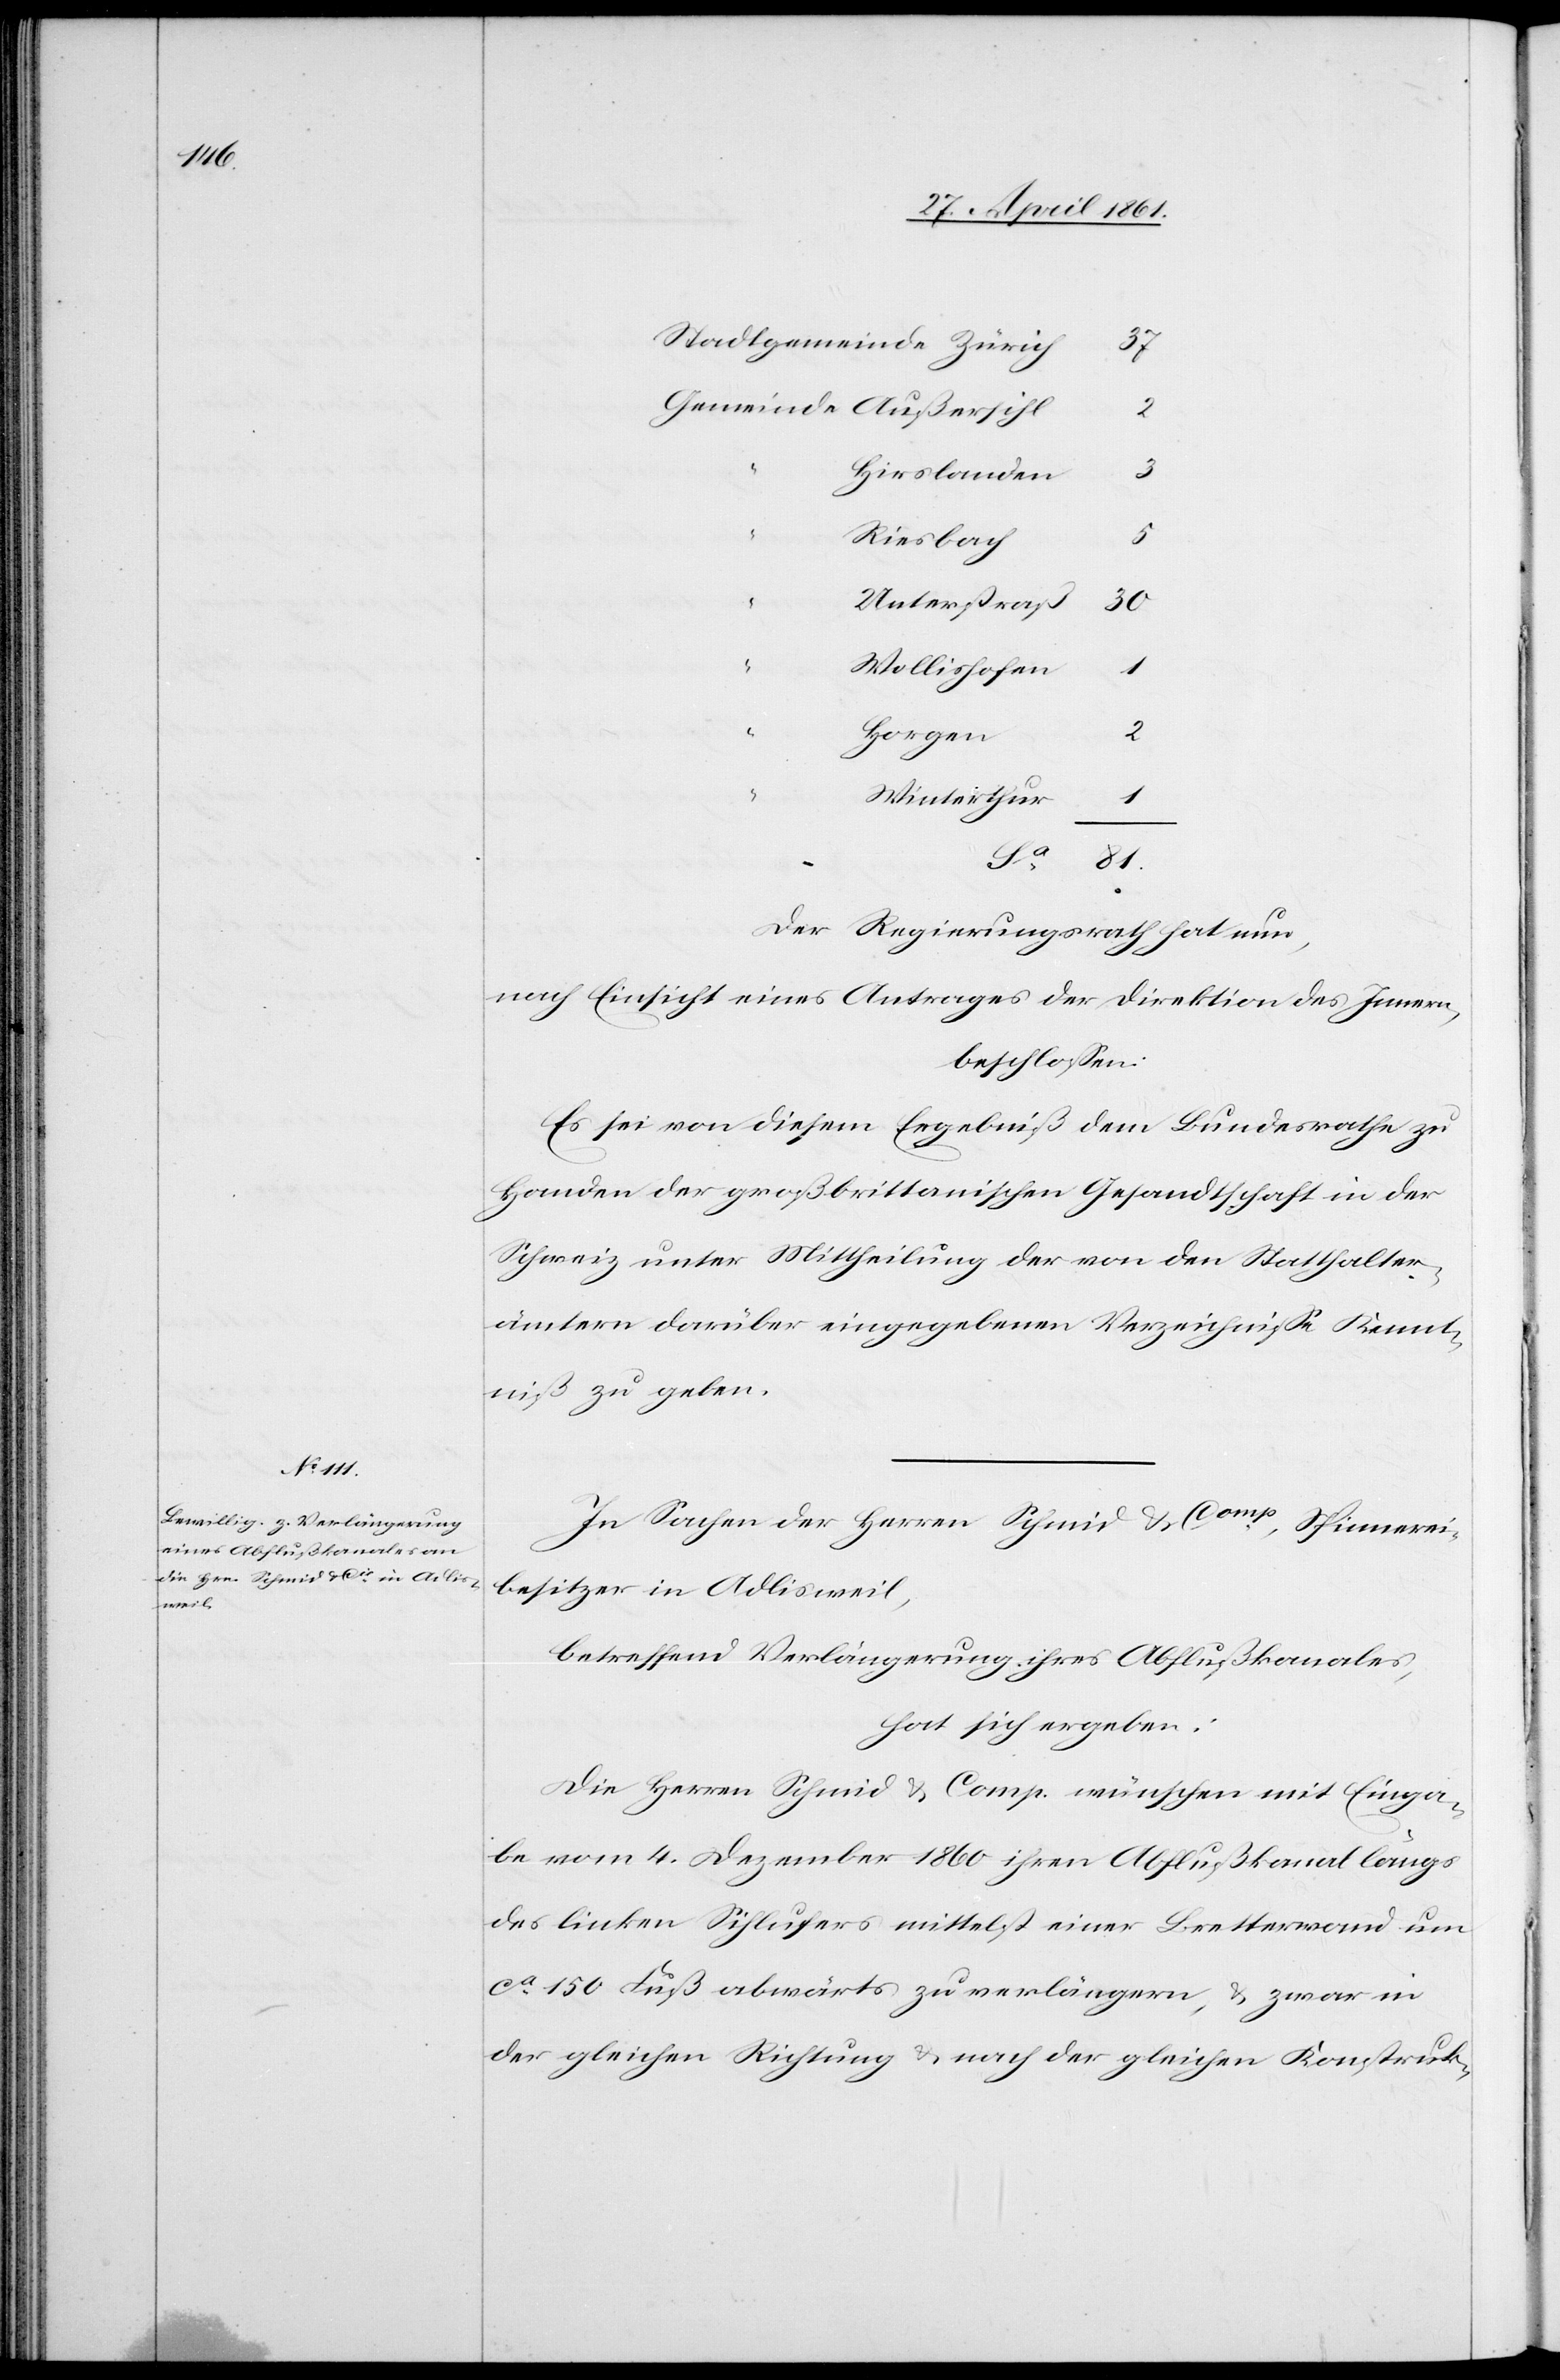
37
2
Hirslanden
3
Riesbach
Unterstraß
30
Wollishofen
1
“
Horgen
1
Winterthur
Der Regierungsrath hat nun.
nach Einsicht eines Antrages der Direktion des Innern,
beschlossen:
Es sei von diesem Ergebniß dem Bundesrathe zu
Handen der großbrittanischen Gesandtschaft in der
Schweiz unter Mittheilung der von den Statthalter¬
ämtern darüber eingegebenen Verzeichnisse Kennt¬
niß zu geben.
In Sachen der Herren Schmid u. Comp, Spinnerei¬
besitzer in Adlisweil,
betreffend Verlängerung ihres Abflußkanales,
hat sich ergeben:
Die Herren Schmid u. Comp. wünschen mit Einga¬
be vom 4. Dezember 1860 ihren Abflußkanal längs
des linken Sihlufers mittelst einer Bretterwand um
ca 150 Fuß abwärts zu verlängern, u. zwar in
der gleichen Richtung u. nach der gleichen Konstruk-